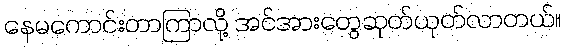
နေမကောင်းတာကြာလို့ အင်အားတွေဆုတ်ယုတ်လာတယ်။